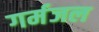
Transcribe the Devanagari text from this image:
गर्मजल